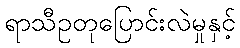
ရာသီဥတုပြောင်းလဲမှုနှင့်